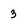
Character: 3